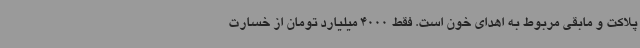
پلاکت و مابقی مربوط به اهدای خون است. فقط 4000 میلیارد تومان از خسارت